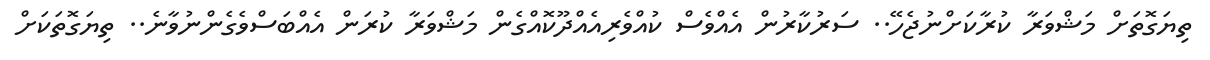
ތިޔަގޮތަށް މަޝްވަރާ ކުރާކަށްނުޖެހޭ.. ސަރުކާރުން އެއްވެސް ކުއްވެރިއެއްދޫކޮއްގެން މަޝްވަރާ ކުރަން އެއްބަސްވެގެންނުވާނެ.. ތިޔަގޮތަކަށް